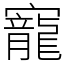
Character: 寵